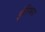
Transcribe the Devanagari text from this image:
ईतिभय